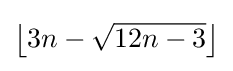
\left\lfloor 3n-{\sqrt {12n-3}}\right\rfloor